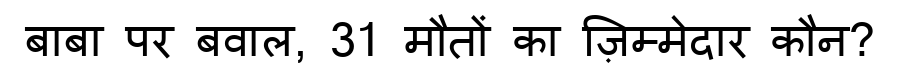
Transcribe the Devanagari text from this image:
बाबा पर बवाल, 31 मौतों का ज़िम्मेदार कौन?